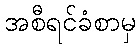
အစီရင်ခံစာမှ